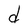
Character: d